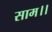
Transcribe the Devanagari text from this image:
साम।।